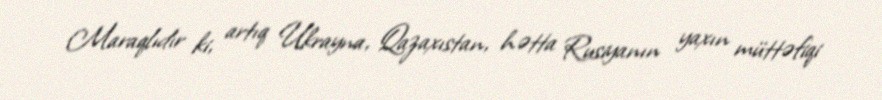
Maraqlıdır ki, artıq Ukrayna, Qazaxıstan, hətta Rusiyanın yaxın müttəfiqi